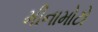
મીનામોટો